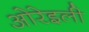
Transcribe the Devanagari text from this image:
ओरेइली